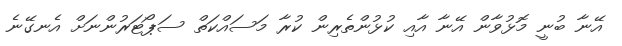
އޭނާ ބުނީ މޮޅުވާން އޭނާ އާއި ކުޅުންތެރިން ކުރާ މަސައްކަތް ސަޕޯޓަރުންނަށް އެނގޭނެ